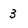
Character: 3